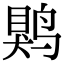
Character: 䴗